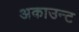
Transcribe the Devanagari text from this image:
अकाउन्ट